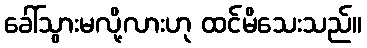
ခေါ်သွားမလို့လားဟု ထင်မိသေးသည်။